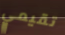
تقيمي